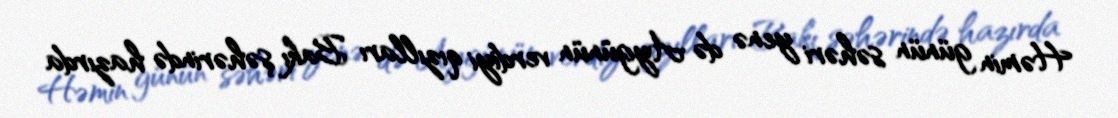
Həmin günün səhəri yenə də Aygünün verdiyi qızılları Bakı şəhərində hazırda